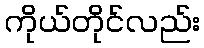
ကိုယ်တိုင်လည်း